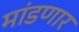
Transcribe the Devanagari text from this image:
मांडणार